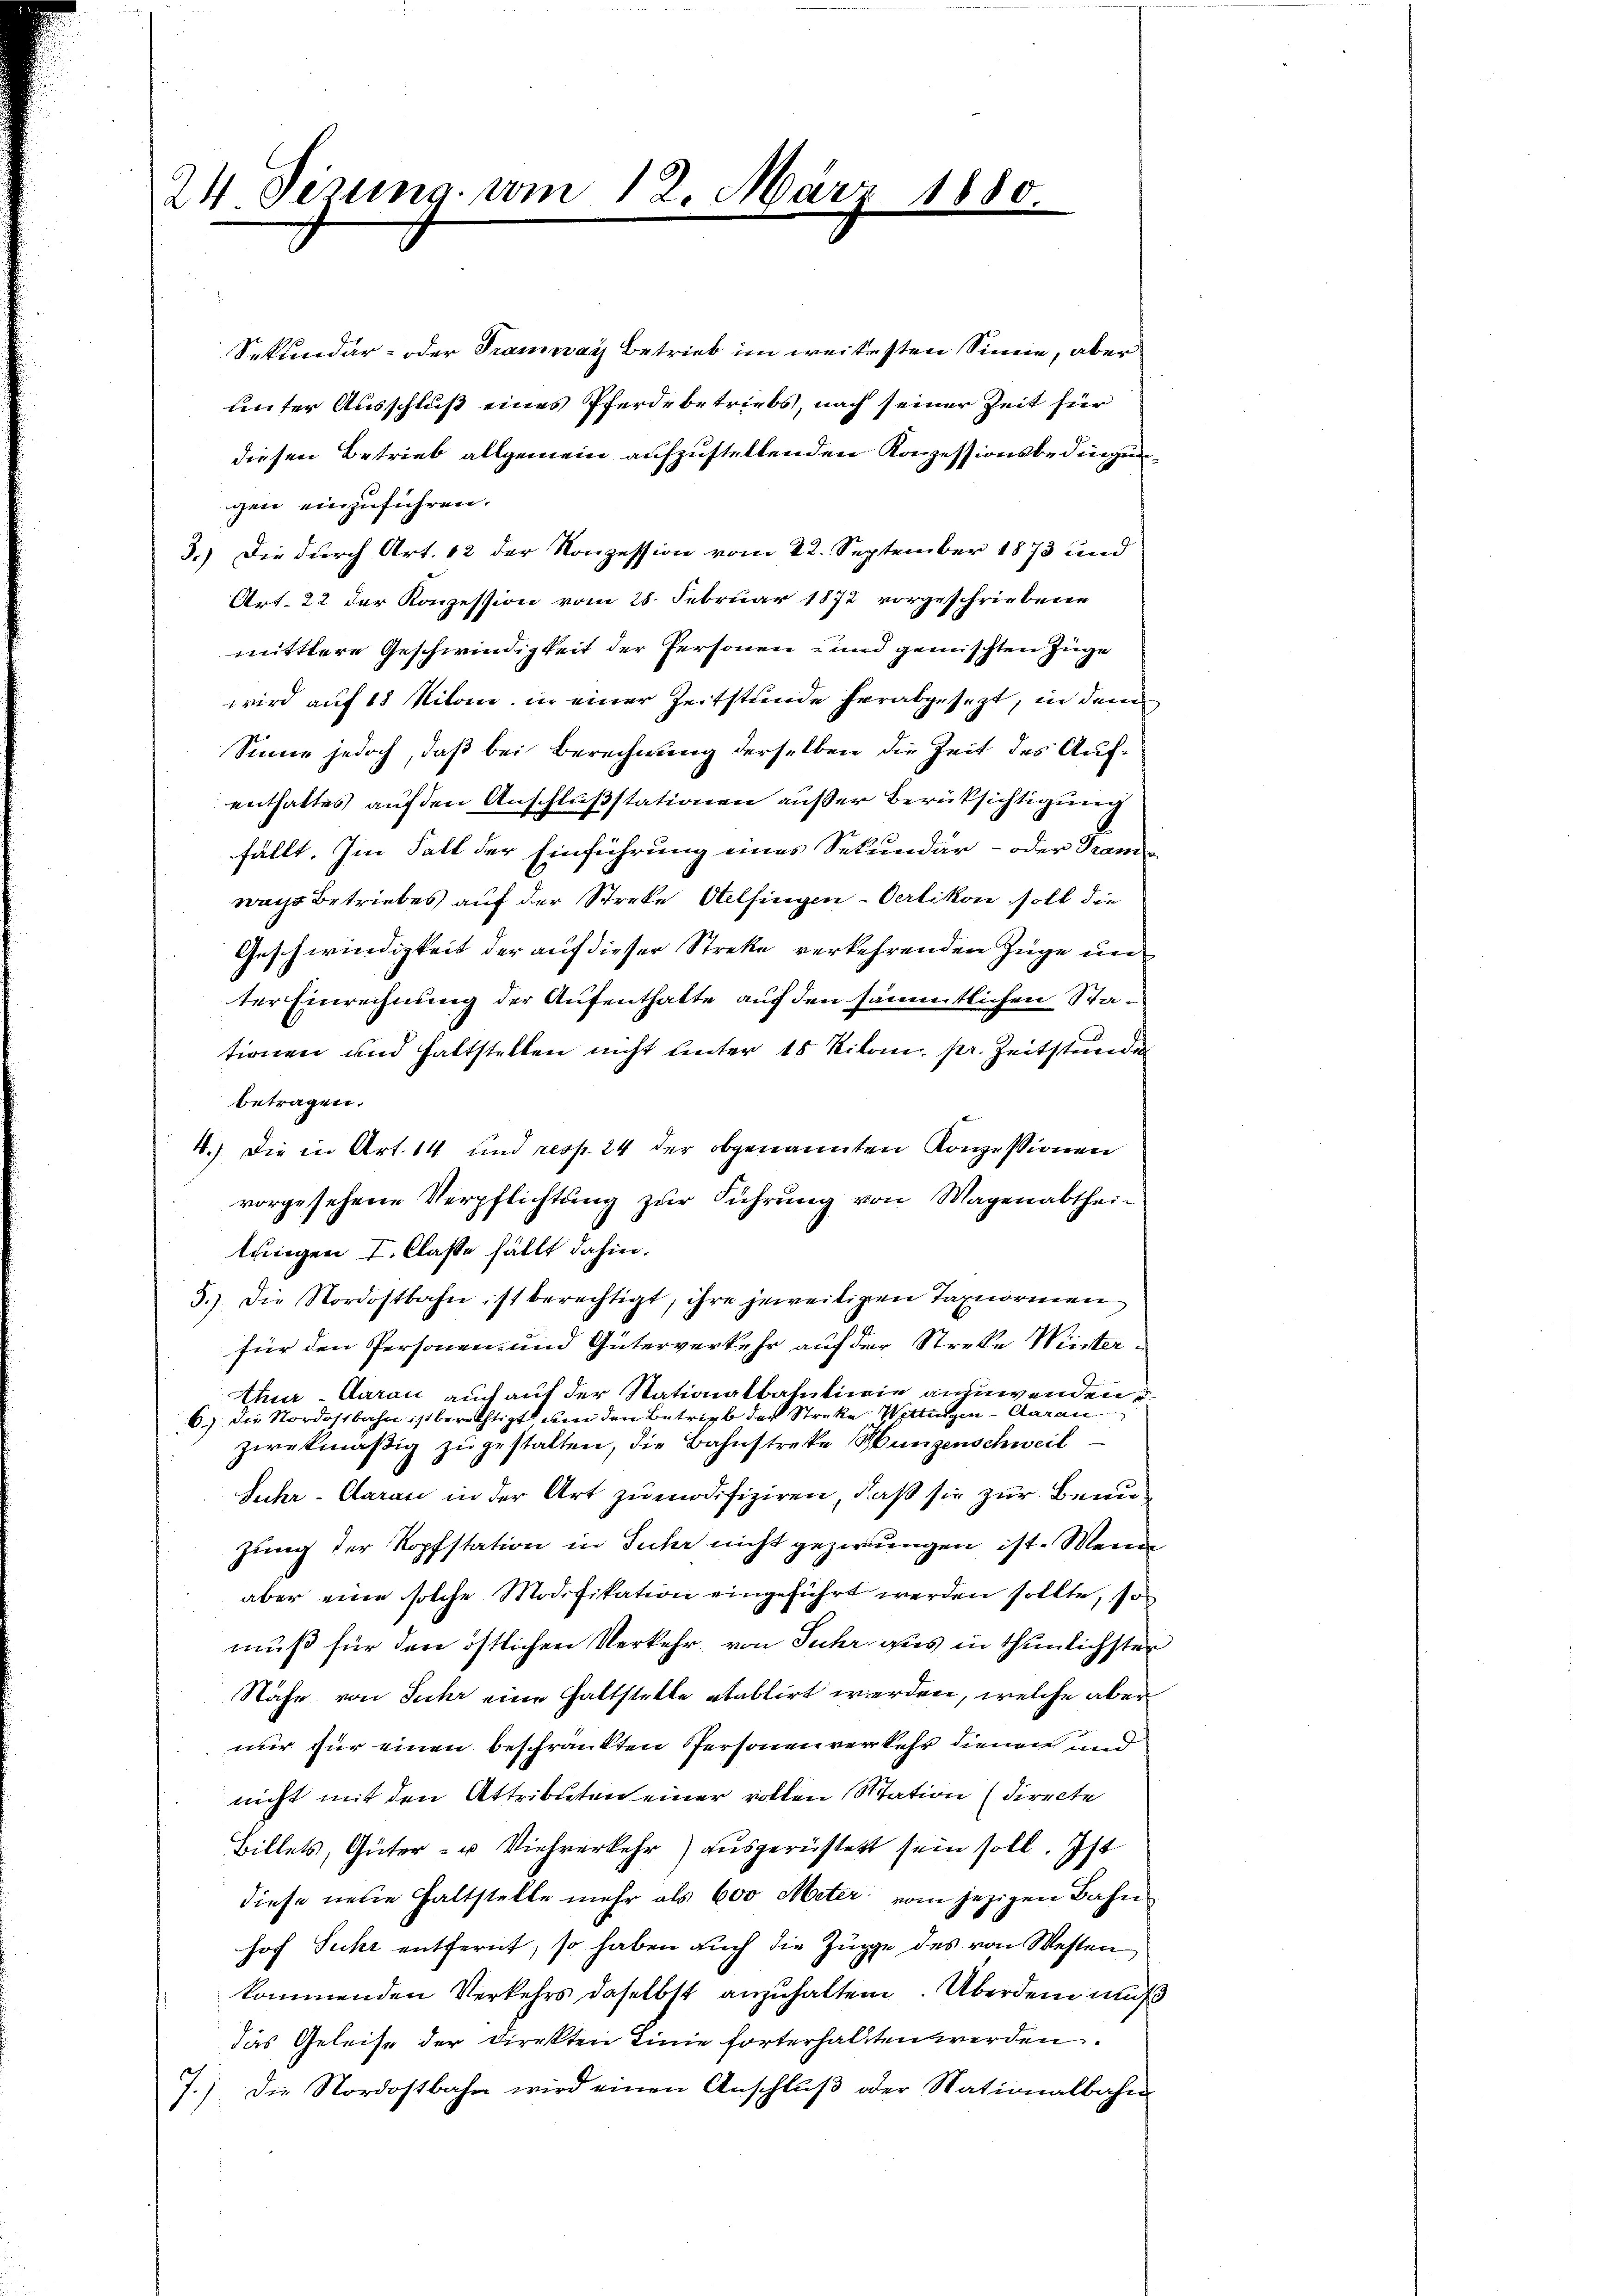
24 Jerung vom 12. März 1880.

Sekundar- oder Tramway Betrieb im weitesten Sinne, aber
unter Ausschluß eines Pferdebetriebs, nach seiner Zeit für
diesen Betrieb allgemein aufzustellenden Konzessionsbedingung
gen einzuführen.
3.) Die durch Art. 12 der Konzession vom 22. September 1873 und
Art. 22 der Konzession vom 28. Februar 1872 vorgeschriebene
mittlere Geschwindigkeit der Personen- und gemischten Zuge
wird auf 18 Nilon, in einer Zeitstunde herabgesezt, in dem
Sinne jedoch, daß bei Berechnung derselben die Zeit des Aufenthaltes auf den Anschlußstationen außer Berücksichtigung
fällt. Im Fall der Einführung eines Sekundär- oder Tramwachs betriebes auf der Streke Otelfingen Oerlikon soll die
Geschwindigkeit der auf dieser Streke verkehrenden Züge unter Einrechnung der Aufenthalte auf den sämmtlichen Stationen und haltstellen nicht unter 18 Kilon pr. Zeitstunde
betragen.
4.) Die in Art. 14 und resp. 24 der obgenannten Konzessionen
vorgesehene Verpflichtung zur Führung von Wagenabthei-
tringen I. Classe fällt dahin.
5.) Die Nordostbahn ist berechtigt, ihre jeweiligen Taxnormen
für den Personen- und Güterverkehr auf der Streke Winterthur. Aarau auch auf der Stationalbahnlinie anzuwenden
6.) Die Nordostbahn ist berechtigt um den Betrieb der Streke Wittingen Aarau
zwekmäßig zu gestalten, die Bahnstreke Hungenschweil
Suhr-Carau in der Art zu modifiziren, daß sie zur Benuzung der Kopfstation in Fuhr nicht gezwungen ist. Wenn
aber eine solche Modifikation eingeführt werden sollte, so
muß für den östlichen Verkehr, von Fuhr aus in thunlichster
Nähe von Juhr eine haltstelle etablirt werden, welche aber
mir für einen beschränkten Personenverkehr dienen und
nicht mit den Attributen einer vollen Station (directe
Billets, Güter- u Viehverkehr) ausgerüstett sein soll. Ist
diese neue Haltstelle mehr als 600 Meter vom jezigen Bahn
hof fuhr entfernt, so haben auch die Zuge des von Westen
kommenden Verkehrs daselbst anzuhalten. Überdem muß
das Geleise der Direkten Linie forterhalten werden.
J.). Die Nordostbahn wird einen Anschlŭβ oder Nationalbahn-

9